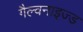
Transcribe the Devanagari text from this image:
गैल्वनाइज्ड